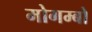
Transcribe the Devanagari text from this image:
मोगम्बो